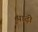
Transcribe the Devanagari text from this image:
पाढ़ी